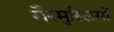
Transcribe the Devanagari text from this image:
गैरमुस्लिमों